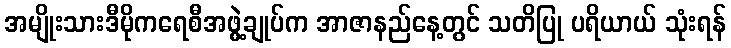
အမျိုးသားဒီမိုကရေစီအဖွဲ့ချုပ်က အာဇာနည်နေ့တွင် သတိပြု ပရိယာယ် သုံးရန်